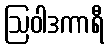
ဩဝါဒကာရီ